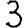
Digit: 3